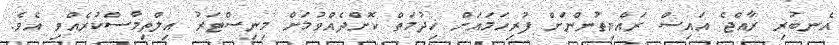
އެނބުރި ރާއްޖެ އައިސް ރައްޔިތުންނަށް ފުރިހަމައަށް ޚިދުމަތް ކޮށްދެއްވުމަށް މިނިސްޓަރު އިލްތިމާސްކުރެއްވި އެވެ.